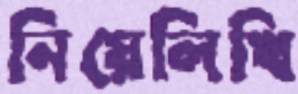
নিয়েলিখি